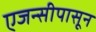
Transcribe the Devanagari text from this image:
एजन्सीपासून